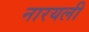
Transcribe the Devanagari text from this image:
नारयली